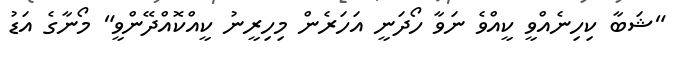
"ޝަބާ ކިހިނެއްވީ ކީއްވެ ނަވާ ހޯދަނީ އަހަރެން މިހިރީނު ކީއްކޮއްދޭންވީ" މޯނާގެ އަޑު